Indian journal of veterinary science and animal husbandry - Volume 10,
Year: 1940
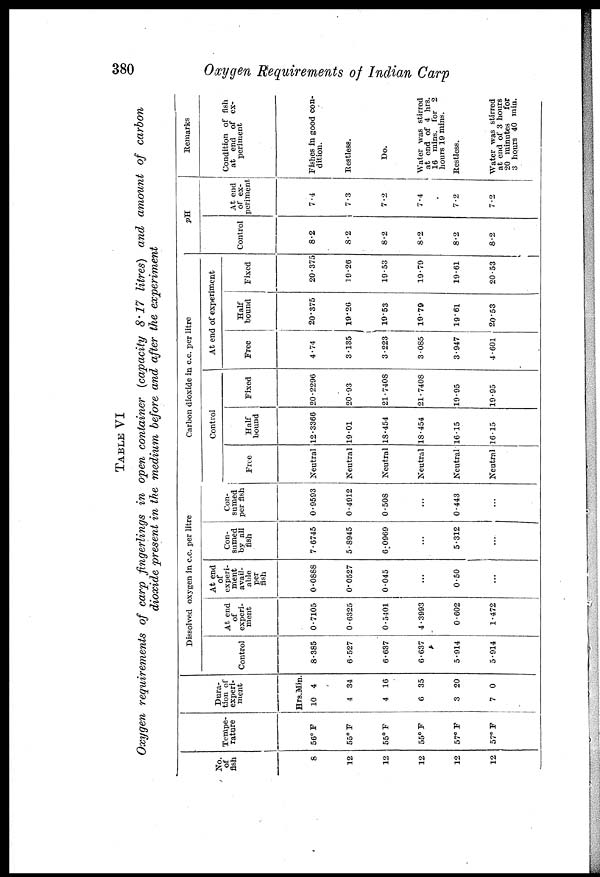
380
Oxygen Requirements of Indian Carp
TABLE VI
Oxygen requirements of carp fingerlings in open container (capacity 8.17 litres) and amount of carbon
dioxide present in the medium before and after the experiment
No.
of
fish
8
12
12
12
12
12
Tempe-
rature
56° F
55° F
55° F
55° F
57° F
57° F
Dura-
tion of
experi-
ment
Hrs.
10
4
4
6
3
7
Min.
4
34
16
35
20
0
Dissolved oxygen in c.c. per litre
Control
8.385
6.527
6.637
6.637
5.914
5.914
At end
of
experi-
ment
0.7105
0.6325
0.5401
4.3993
0.602
1.472
At end
of
experi-
ment
avail-
able
per
fish
0.0888
0.0527
0.045
...
0.50
...
Con-
sumed
by all
fish
7.6745
5.8945
6.0969
...
5.312
...
Con-
sumed
per fish
0.9593
0.4912
0.508
...
0.443
...
Carbon dioxide in c.c. per litre
Control
Free
Neutral
Neutral
Neutral
Neutral
Neutral
Neutral
Half
bound
12.3366
19.01
18.454
18.454
16.15
16.15
Fixed
20.2296
20.93
21.7408
21.7408
19.95
19.95
At end of experiment
Free
4.74
3.135
3.223
3.085
3.947
4.601
Half
bound
20.375
19.26
19.53
19.79
19.61
20.53
Fixed
20.375
19.26
19.53
19.79
19.61
20.53
pH
Control
8.2
8.2
8.2
8.2
8.2
8.2
At end
of ex-
periment
7.4
7.3
7.2
7.4
7.2
7.2
Remarks
Condition of fish
at end of ex-
periment
Fishes in good con-
dition.
Restless.
Do.
Water was stirred
at end of 4 hrs.
16 mins. for 2
hours 19 mins.
Restless.
Water was stirred
at end of 3 hours
20 minutes
for
3 hours 40 min.